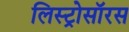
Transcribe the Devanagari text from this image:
लिस्ट्रोसॉरस